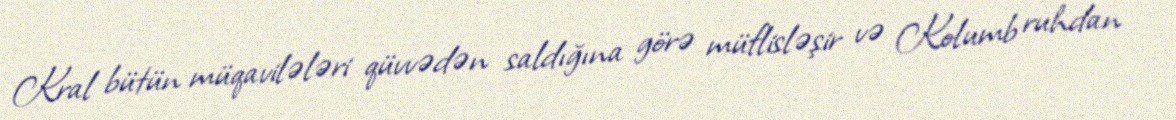
Kral bütün müqavilələri qüvvədən saldığına görə müflisləşir və Kolumb ruhdan